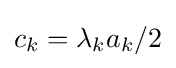
{\textstyle c_{k}=\lambda _{k}a_{k}/2}